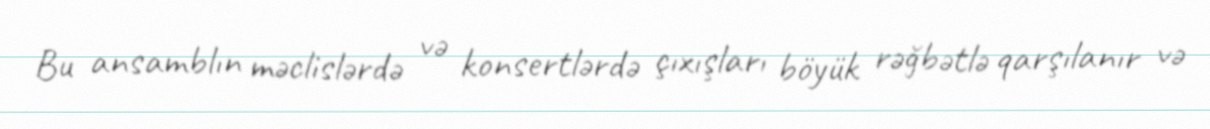
Bu ansamblın məclislərdə və konsertlərdə çıxışları böyük rəğbətlə qarşılanır və